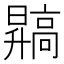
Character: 𬴙